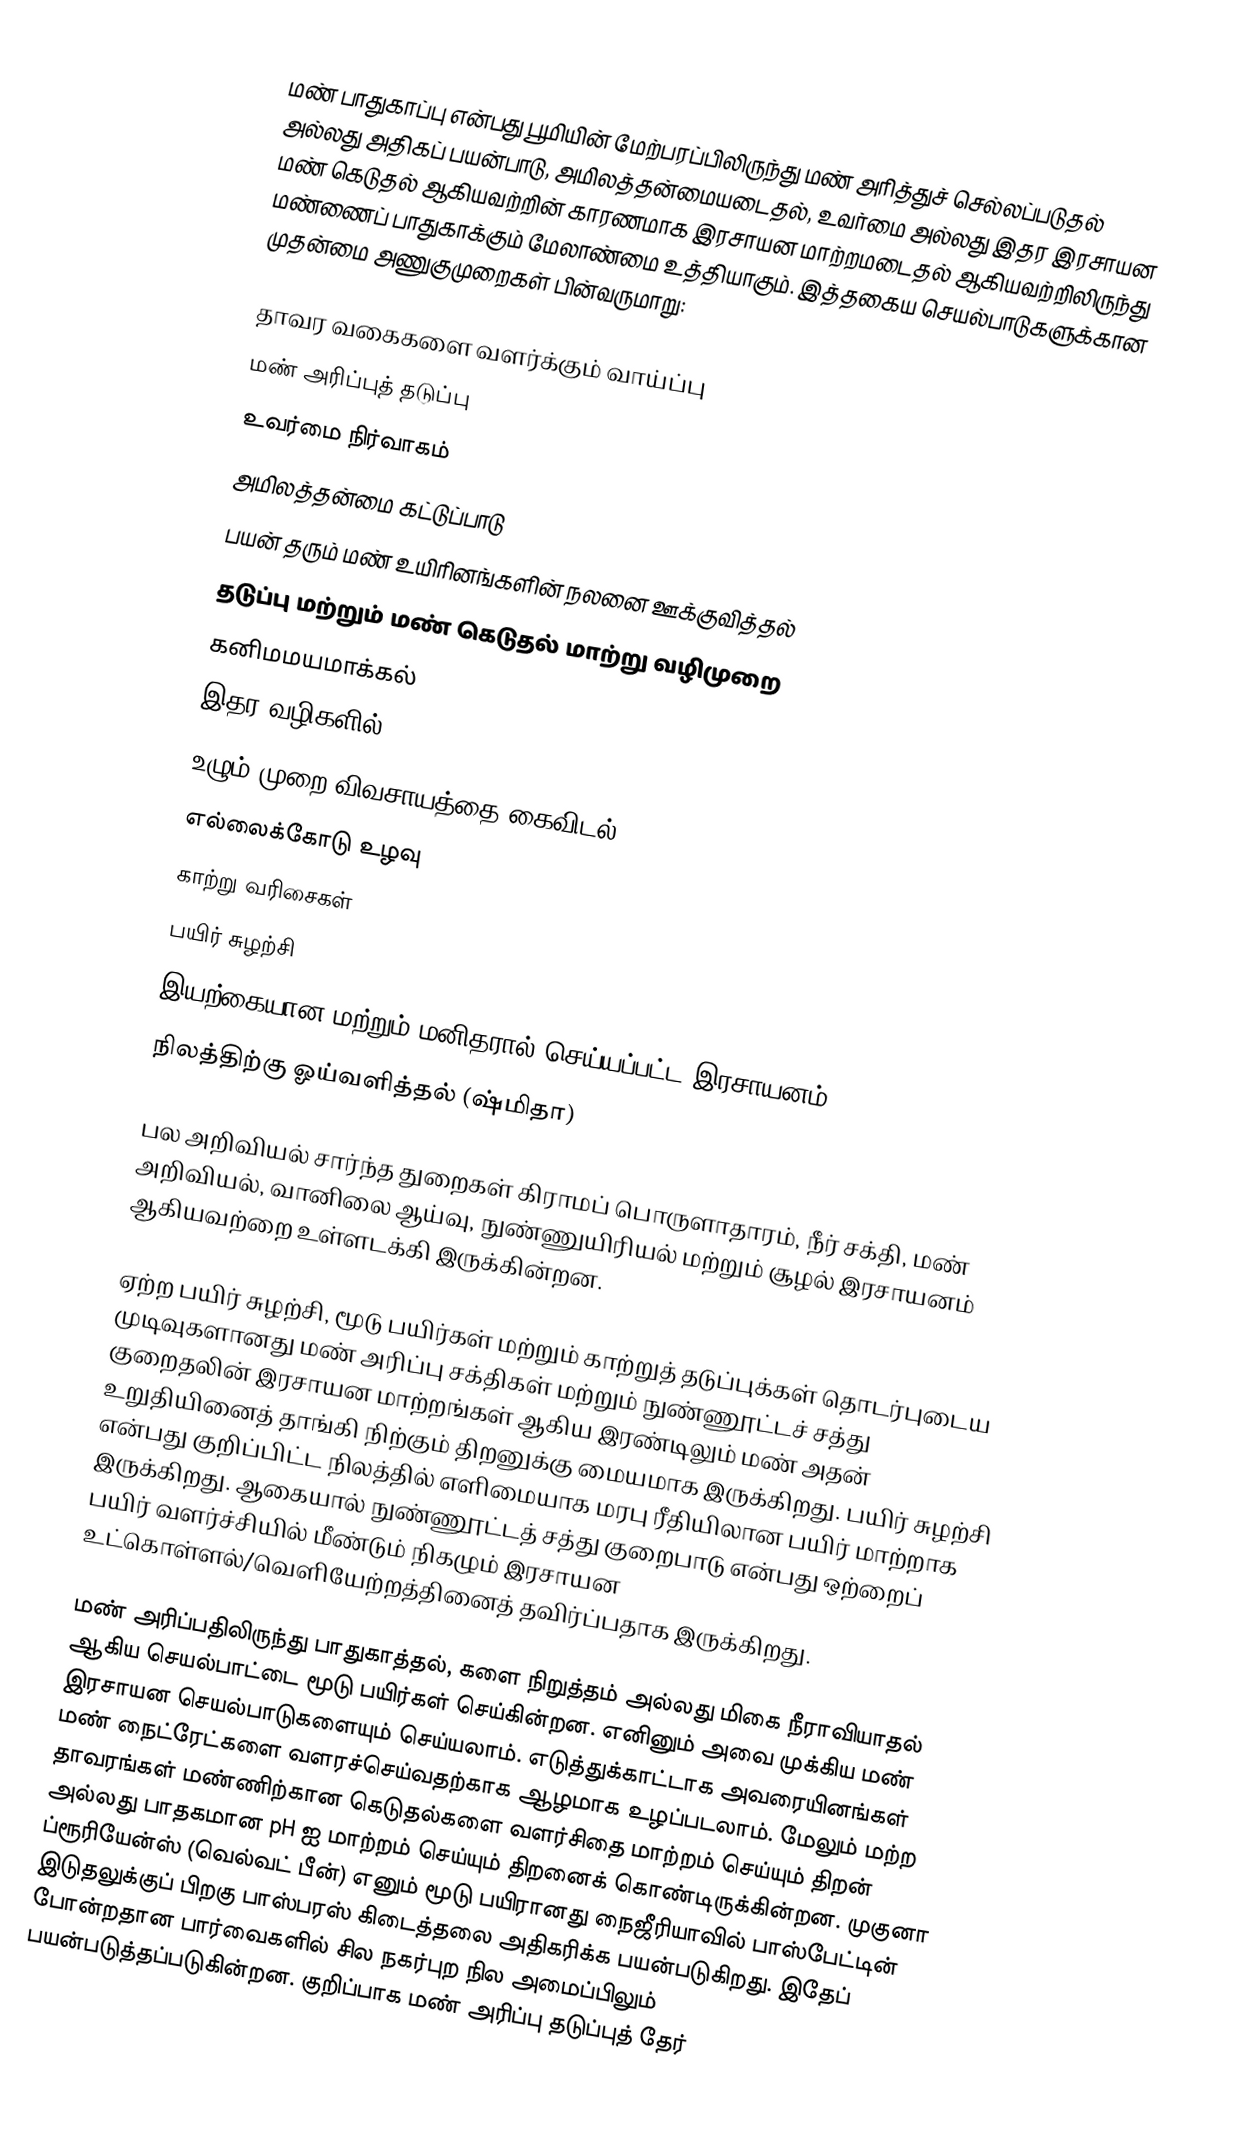
மண் பாதுகாப்பு என்பது பூமியின் மேற்பரப்பிலிருந்து மண் அரித்துச் செல்லப்படுதல் அல்லது அதிகப் பயன்பாடு, அமிலத்தன்மையடைதல், உவர்மை அல்லது இதர இரசாயன மண் கெடுதல் ஆகியவற்றின் காரணமாக இரசாயன மாற்றமடைதல் ஆகியவற்றிலிருந்து மண்ணைப் பாதுகாக்கும் மேலாண்மை உத்தியாகும். இத்தகைய செயல்பாடுகளுக்கான முதன்மை அணுகுமுறைகள் பின்வருமாறு:

 தாவர வகைகளை வளர்க்கும் வாய்ப்பு
 மண் அரிப்புத் தடுப்பு
 உவர்மை நிர்வாகம்
 அமிலத்தன்மை கட்டுப்பாடு
 பயன் தரும் மண் உயிரினங்களின் நலனை ஊக்குவித்தல்
 தடுப்பு மற்றும் மண் கெடுதல் மாற்று வழிமுறை
 கனிமமயமாக்கல்
இதர வழிகளில்;
 உழும் முறை விவசாயத்தை கைவிடல்
 எல்லைக்கோடு உழவு
 காற்று வரிசைகள்
 பயிர் சுழற்சி
 இயற்கையான மற்றும் மனிதரால் செய்யப்பட்ட இரசாயனம்
 நிலத்திற்கு ஓய்வளித்தல் (ஷ்மிதா)

பல அறிவியல் சார்ந்த துறைகள் கிராமப் பொருளாதாரம், நீர் சக்தி, மண் அறிவியல், வானிலை ஆய்வு, நுண்ணுயிரியல் மற்றும் சூழல் இரசாயனம் ஆகியவற்றை உள்ளடக்கி இருக்கின்றன.

ஏற்ற பயிர் சுழற்சி, மூடு பயிர்கள் மற்றும் காற்றுத் தடுப்புக்கள் தொடர்புடைய முடிவுகளானது மண் அரிப்பு சக்திகள் மற்றும் நுண்ணூட்டச் சத்து குறைதலின் இரசாயன மாற்றங்கள் ஆகிய இரண்டிலும் மண் அதன் உறுதியினைத் தாங்கி நிற்கும் திறனுக்கு மையமாக இருக்கிறது. பயிர் சுழற்சி என்பது குறிப்பிட்ட நிலத்தில் எளிமையாக மரபு ரீதியிலான பயிர் மாற்றாக இருக்கிறது. ஆகையால் நுண்ணூட்டத் சத்து குறைபாடு என்பது ஒற்றைப் பயிர் வளர்ச்சியில் மீண்டும் நிகழும் இரசாயன உட்கொள்ளல்/வெளியேற்றத்தினைத் தவிர்ப்பதாக இருக்கிறது.

மண் அரிப்பதிலிருந்து பாதுகாத்தல், களை நிறுத்தம் அல்லது மிகை நீராவியாதல் ஆகிய செயல்பாட்டை மூடு பயிர்கள் செய்கின்றன. எனினும் அவை முக்கிய மண் இரசாயன செயல்பாடுகளையும் செய்யலாம். எடுத்துக்காட்டாக அவரையினங்கள் மண் நைட்ரேட்களை வளரச்செய்வதற்காக ஆழமாக உழப்படலாம். மேலும் மற்ற தாவரங்கள் மண்ணிற்கான கெடுதல்களை வளர்சிதை மாற்றம் செய்யும் திறன் அல்லது பாதகமான pH ஐ மாற்றம் செய்யும் திறனைக் கொண்டிருக்கின்றன. முகுனா ப்ரூரியேன்ஸ் (வெல்வட் பீன்) எனும் மூடு பயிரானது நைஜீரியாவில் பாஸ்பேட்டின் இடுதலுக்குப் பிறகு பாஸ்பரஸ் கிடைத்தலை அதிகரிக்க பயன்படுகிறது. இதேப் போன்றதான பார்வைகளில் சில நகர்புற நில அமைப்பிலும் பயன்படுத்தப்படுகின்றன. குறிப்பாக மண் அரிப்பு தடுப்புத் தேர்